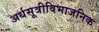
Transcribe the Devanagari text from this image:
अर्धसूत्रीविभाजनिक